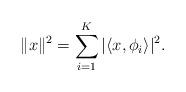
LaTeX: \begin{align*}\|x\|^2 = \sum_{i=1}^K|\langle x,\phi_i\rangle|^2.\end{align*}